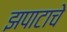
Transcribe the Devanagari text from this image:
झपाटाचे